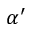
\alpha ^ { \prime }